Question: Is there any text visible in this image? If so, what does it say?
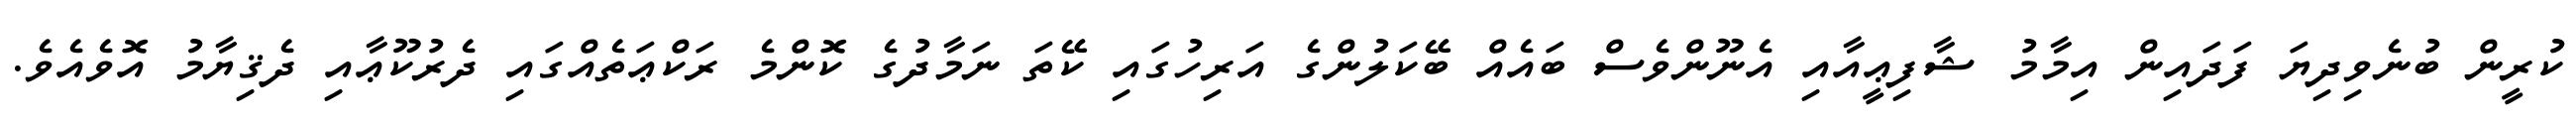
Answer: ކުރީން ބުނެވިދިޔަ ފަދައިން އިމާމު ޝާފިޢީއާއި އެނޫންވެސް ބައެއް ބޭކަލުންގެ އަރިހުގައި ކޭތަ ނަމާދުގެ ކޮންމެ ރަކްޢަތެއްގައި ދެރުކޫޢާއި ދެޤިޔާމު އޮވެއެވެ.